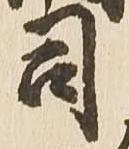
司